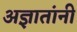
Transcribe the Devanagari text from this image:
अज्ञातांनी